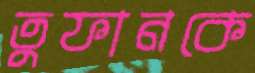
তুফানকে